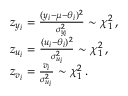
\begin{array} { r l } & { z _ { y _ { i } } = \frac { ( y _ { i } - \mu - \theta _ { i } ) ^ { 2 } } { \sigma _ { y _ { i } } ^ { 2 } } \sim \chi _ { 1 } ^ { 2 } \, , } \\ & { z _ { u _ { i } } = \frac { ( u _ { i } - \theta _ { i } ) ^ { 2 } } { \sigma _ { u _ { i } } ^ { 2 } } \sim \chi _ { 1 } ^ { 2 } \, , } \\ & { z _ { v _ { i } } = \frac { v _ { i } } { \sigma _ { u _ { i } } ^ { 2 } } \sim \chi _ { 1 } ^ { 2 } \, . } \end{array}